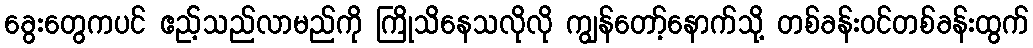
ခွေးတွေကပင် ဧည့်သည်လာမည်ကို ကြိုသိနေသလိုလို ကျွန်တော့်နောက်သို့ တစ်ခန်းဝင်တစ်ခန်းထွက်